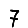
Digit: 7